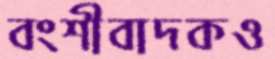
বংশীবাদকও